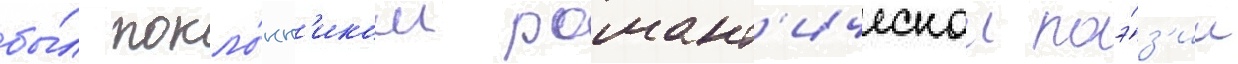
бы́л покло́нн'иком романт'ическои поэ́з'ии